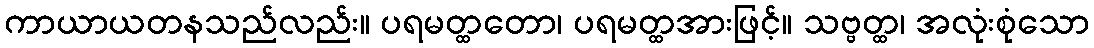
ကာယာယတနသည်လည်း။ ပရမတ္ထတော၊ ပရမတ္ထအားဖြင့်။ သဗ္ဗတ္ထ၊ အလုံးစုံသော